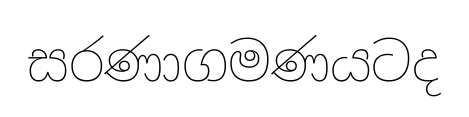
සරණාගමණයටද